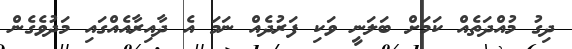
ދިގު މުއްދަތެއް ކަމަށް ބަލަނީ ވަކި ފަރުދެއް ނަމަ އެ ދާއިރާއެއްގައި މަދުވެގެން